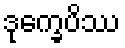
ဒုက္ခေပိဿ